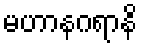
မဟာနဂရာနိ